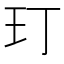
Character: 玎